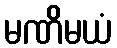
မဏိမယံ